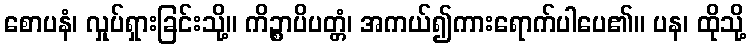
စောပနံ၊ လှုပ်ရှားခြင်းသို့။ ကိဉ္စာပိပတ္တံ၊ အကယ်၍ကားရောက်ပါပေ၏။ ပန၊ ထိုသို့